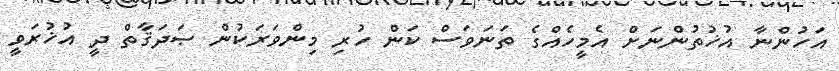
އަހުންނާ އުޚުތުންނަށް އެމީހެއްގެ ތަނަވަސް ކަން ހުރި މިންވަރަކުން ޞަދަޤާތް ދީ އުޚުރަވީ